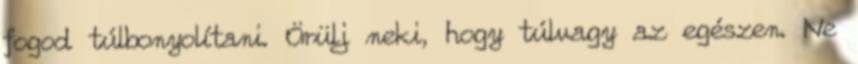
fogod túlbonyolítani. Örülj neki, hogy túlvagy az egészen. Ne